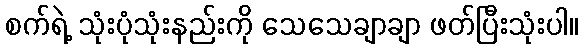
စက်ရဲ့ သုံးပုံသုံးနည်းကို သေသေချာချာ ဖတ်ပြီးသုံးပါ။